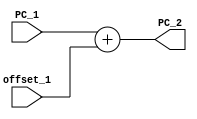
`timescale 1ns / 1ps
//////////////////////////////////////////////////////////////////////////////////
// Company: 
// Engineer: 
// 
// Design Name: 
// Module Name:    Adder2 
// Project Name: 
// Target Devices: 
// Tool versions: 
// Description: 
//
// Dependencies: 
//
// Revision: 
// Revision 0.01 - File Created
// Additional Comments: 
//
//////////////////////////////////////////////////////////////////////////////////
module Adder_2(PC_1,PC_2,offset_1);
output reg [31:0] PC_2;
input [31:0] PC_1,offset_1;
always@(*)
begin
PC_2=PC_1+offset_1;
end



endmodule